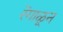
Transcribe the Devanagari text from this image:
रेंगाळून